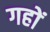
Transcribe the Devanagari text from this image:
गहों